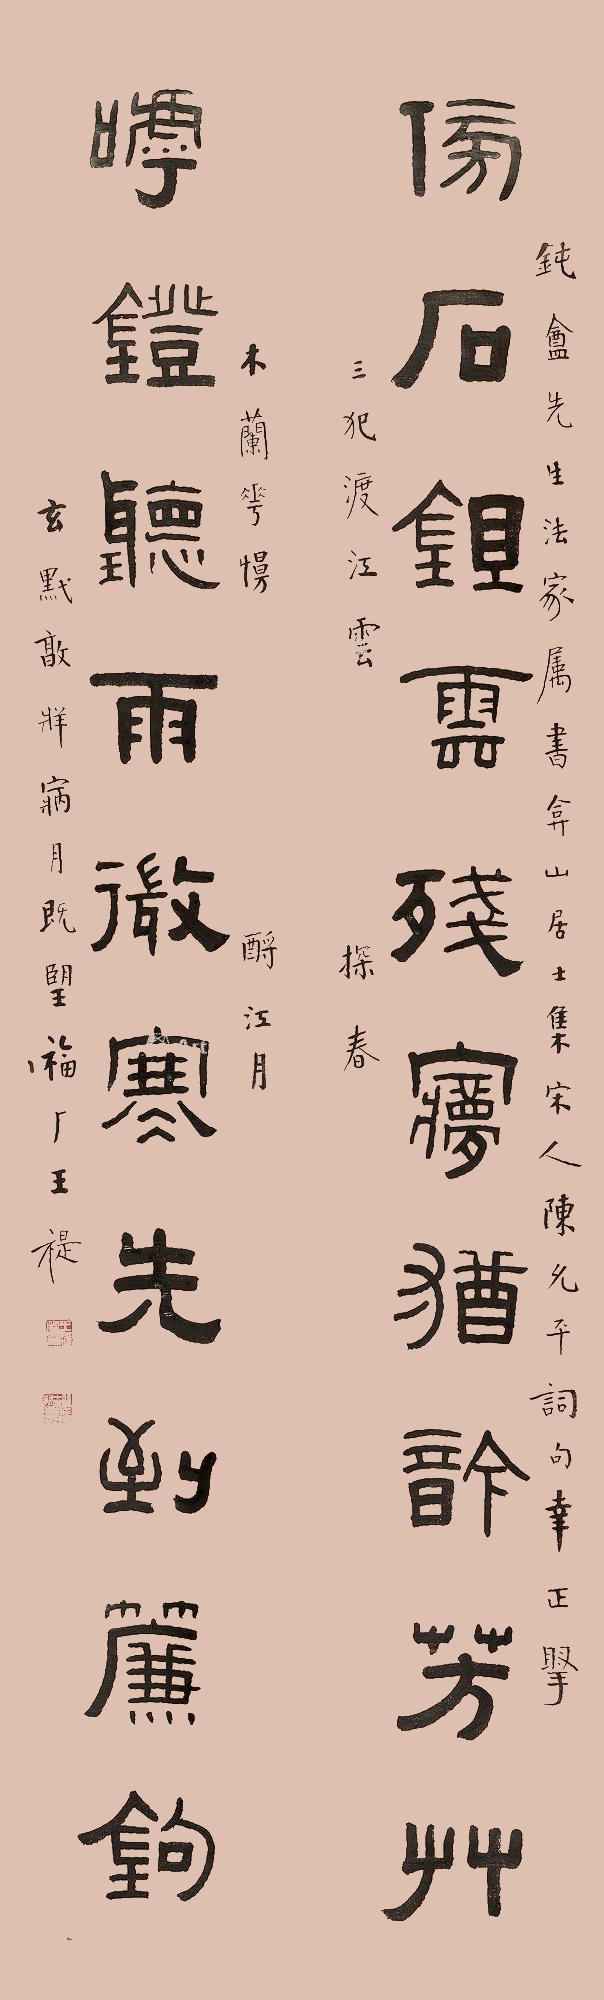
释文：傍石锄云残梦犹吟芳草，呼镫听雨微寒先到帘钩。钝庵先生法家属书，弇山居士集宋人陈允平词句幸正腕，三犯渡江云、探春、木兰花慢、酹江月。玄黓敦牂寎月既望，福厂王禔。